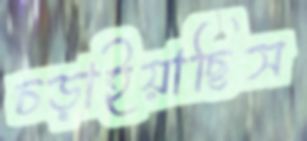
চড়াইয়াছিস